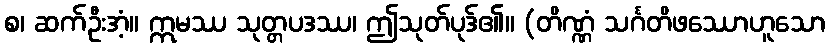
စ၊ ဆက်ဦးအံ့။ ဣမဿ သုတ္တပဒဿ၊ ဤသုတ်ပုဒ်၏။ (တိဏ္ဏံ သင်္ဂတိဖဿောဟူသော